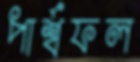
পার্শ্বফল